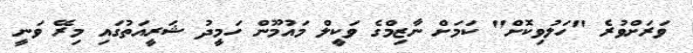
ވަރަށްވުރެ "ހަލުވިކޮށް" ކަމަށް ނާޒިމްގެ ވަކީލް މައުމޫން ހަމީދު ޝަރީއަތުގައި މިރޭ ވަނީ